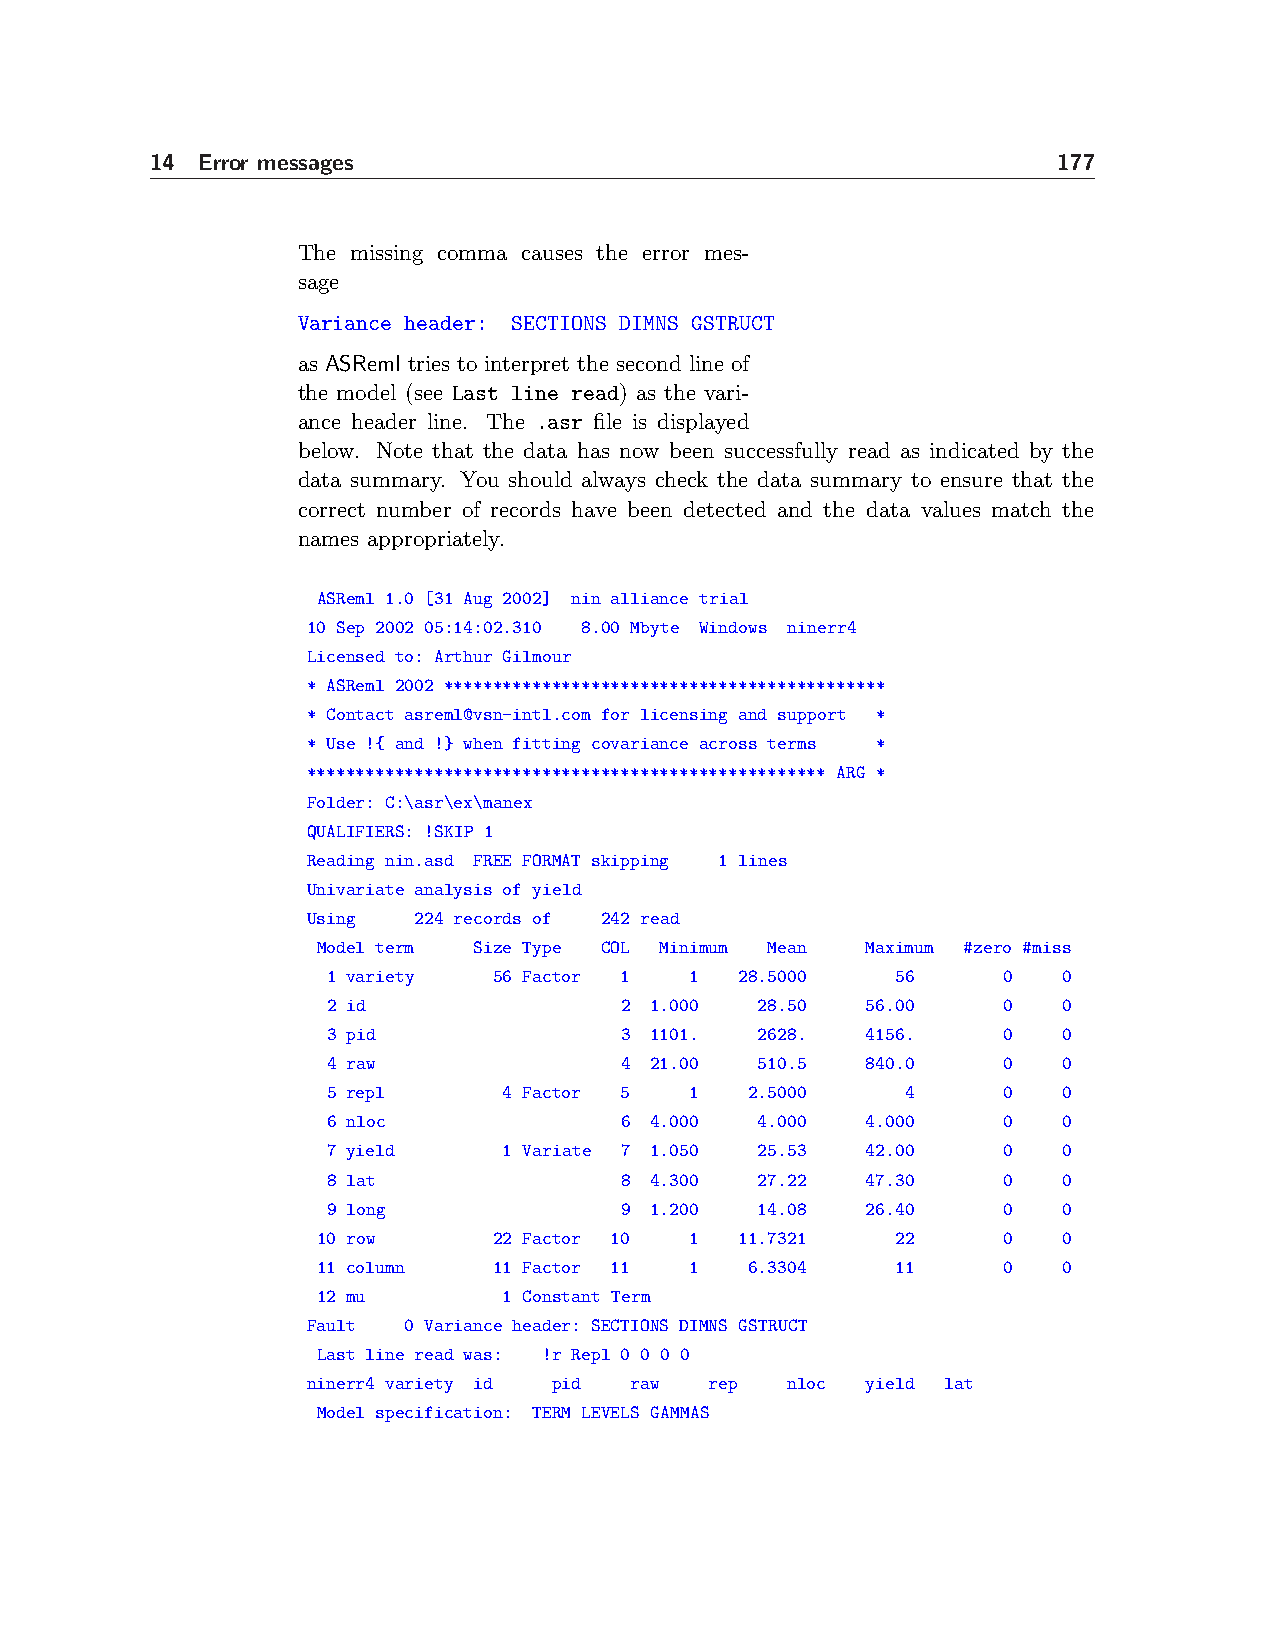
14 Error messages                                           177
 The missing comma causes the error mes-
 sage
 Variance header: SECTIONS DIMNS GSTRUCT
 as ASReml tries to interpret the second line of
 the model (see Last line read) as the vari-
 ance header line. The .asr file is displayed
 below. Note that the data has now been successfully read as indicated by the
 data summary. You should always check the data summary to ensure that the
 correct number of records have been detected and the data values match the
 names appropriately.
 ASReml 1.0 [31 Aug 2002] nin alliance trial
 10 Sep 2002 05:14:02.310 8.00 Mbyte Windows ninerr4
 Licensed to: Arthur Gilmour
 * ASReml 2002 *********************************************
 * Contact asreml@vsn-intl.com for licensing and support *
 * Use !{ and !} when fitting covariance across terms *
 ***************************************************** ARG *
 Folder: C:\asr\ex\manex
 QUALIFIERS: !SKIP 1
 Reading nin.asd FREE FORMAT skipping 1 lines
 Univariate analysis of yield
 Using  224 records of 242 read
 Model term Size Type COL Minimum Mean Maximum #zero #miss
 1 variety  56 Factor 1  1  28.5000   56     0   0
 2 id               2 1.000  28.50  56.00    0   0
 3 pid              3 1101.  2628.  4156.    0   0
 4 raw              4 21.00  510.5  840.0    0   0
 5 repl     4 Factor 5   1   2.5000    4     0   0
 6 nloc             6 4.000  4.000  4.000    0   0
 7 yield    1 Variate 7 1.050 25.53 42.00    0   0
 8 lat              8 4.300  27.22  47.30    0   0
 9 long             9 1.200  14.08  26.40    0   0
 10 row      22 Factor 10 1  11.7321   22     0   0
 11 column   11 Factor 11 1   6.3304   11     0   0
 12 mu       1 Constant Term
 Fault  0 Variance header: SECTIONS DIMNS GSTRUCT
 Last line read was: !r Repl 0 0 0 0
 ninerr4 variety id pid raw rep  nloc yield lat
 Model specification: TERM LEVELS GAMMAS